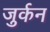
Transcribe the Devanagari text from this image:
जुर्कन